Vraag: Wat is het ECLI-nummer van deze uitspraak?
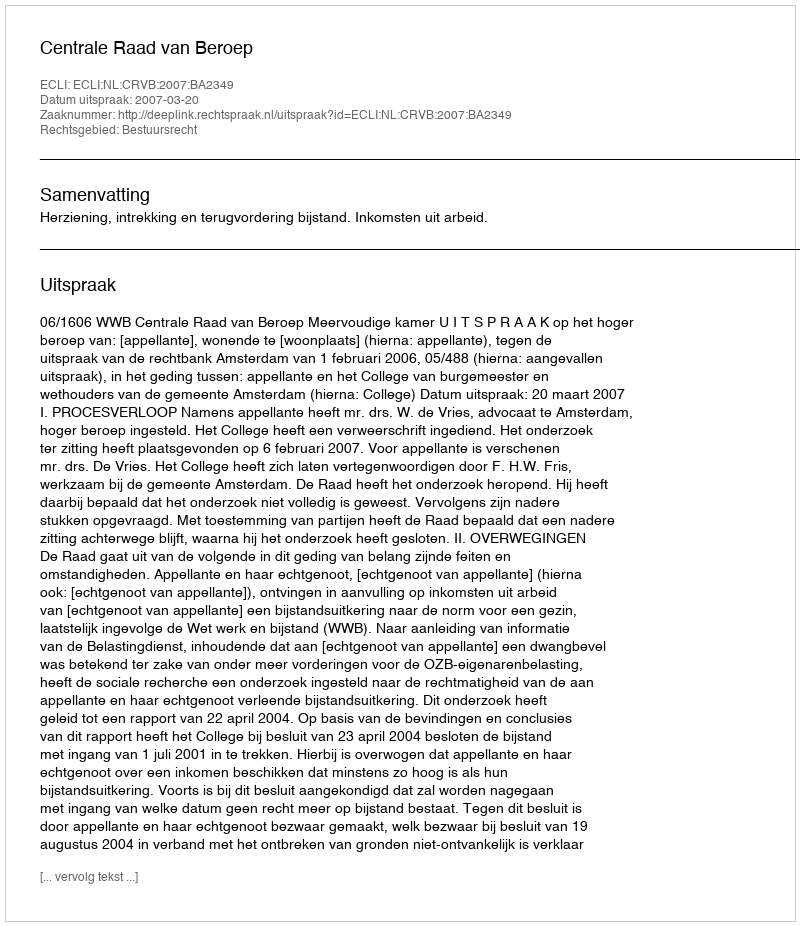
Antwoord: ECLI:NL:CRVB:2007:BA2349